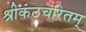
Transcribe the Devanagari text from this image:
श्रीकंठचरितम्‌